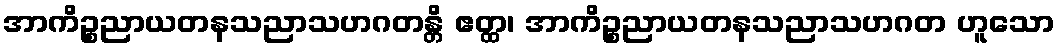
အာကိဉ္စညာယတနသညာသဟဂတန္တိ ဧတ္ထ၊ အာကိဉ္စညာယတနသညာသဟဂတ ဟူသော